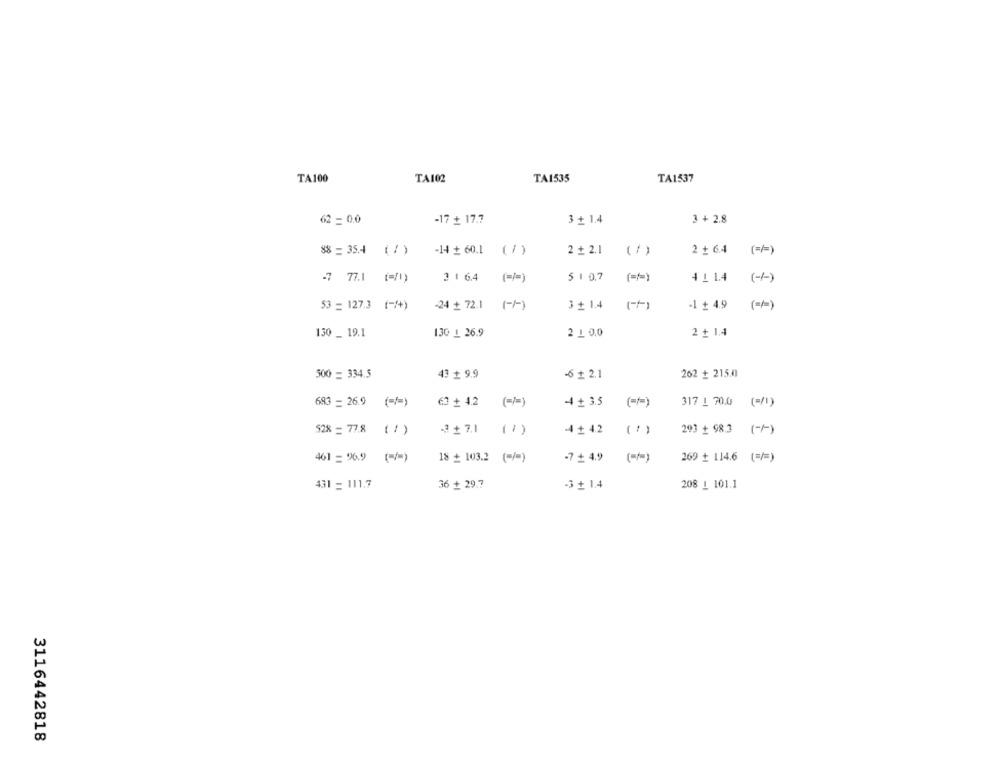
TA100
TA102
TA1535
TA1537
62 = 0.0
-17 + 17.7
3 + 1.4
3 + 2.8
88 = 35.4 (/)
-14 + 60.1 (/)
2 + 2.1
(1 )
2 + 64
(=)
-7 77.1 (70)
3 1 6.4
(=]=)
5 1 0,7
( === )
41 14
(-/-)
(/)
53 = 127.3 (-/+)
-24 + 72.1
3 + 1.4
-1 + 4.9
130 _ 19.1
130 L 26.9
2 1 0.0
2 + 1.4
500 = 334.5
43 + 9.9
-6 + 2.1
262 + 215.0
683 = 26.9 (=/=)
63 + 4.2
( === )
-4 + 3.5
( === )
317 1 70.0 (=/1)
$28 = 77.8 ( / )
3 + 7.1
(1)
4 + 4.2
(1)
293 + 98.3
(-1 )
269 + 114.6 (=/=)
461 = 6.9
()
18 + 103.2 (=/=)
-7 + 4.9
431 = 111.7
36 + 29.7
-3 + 1.4
208 1 101.1
3116442818